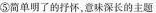
⑤简单明了的抒怀，意味深长的主题